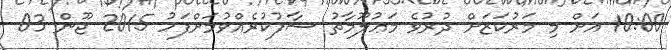
10:00 އަށް މި މަރުކަޒަށް ދުރުވެ މަޢުލޫމާތު ސާފުކުރެއްވުމަށްފަހު 2015 ޖޫން 03